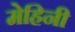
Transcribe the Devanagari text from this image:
मेहिनी